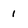
Character: 1